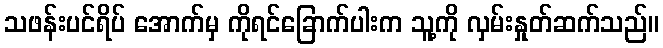
သဖန်းပင်ရိပ် အောက်မှ ကိုရင်ခြောက်ပါးက သူ့ကို လှမ်းနှုတ်ဆက်သည်။